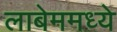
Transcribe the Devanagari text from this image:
लाबेममध्ये